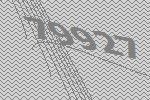
79927